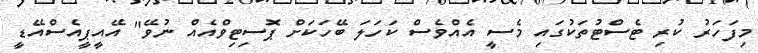
މިފަހަރު ކުރި ޓެސްޓުތަކުގައި މެސީ އެއްވެސް ކަހަލަ ބޭހަކަށް ޕޮސިޓިވްއެއް ނުވޭ" އޭއީޕީއެސްއޭޑީ